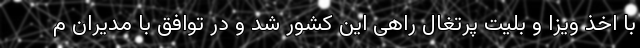
با اخذ ویزا و بلیت پرتغال راهی این کشور شد و در توافق با مدیران م